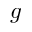
g